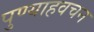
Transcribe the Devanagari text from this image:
पुण्याहवचन